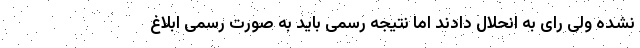
نشده ولی رای به انحلال دادند اما نتیجه رسمی باید به صورت رسمی ابلاغ